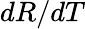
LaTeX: dR/dT